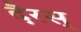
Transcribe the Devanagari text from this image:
दैरस्